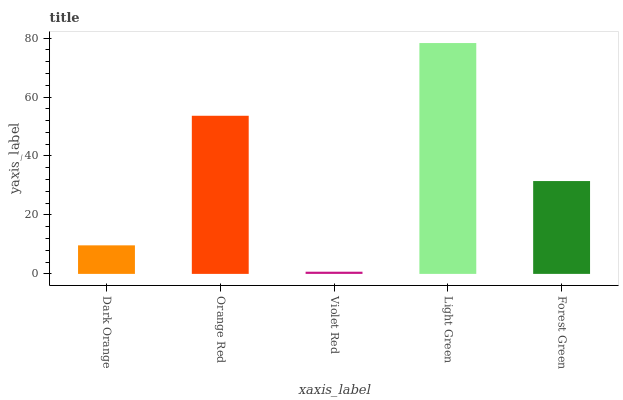
| xaxis_label | bars |
 | --- | --- |
 | Dark Orange | 9.68 |
 | Orange Red | 53.6 |
 | Violet Red | 0.741 |
 | Light Green | 78.3 |
 | Forest Green | 31.5 |